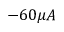
- 6 0 \mu A